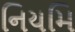
નિયમિ